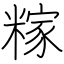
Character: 糘